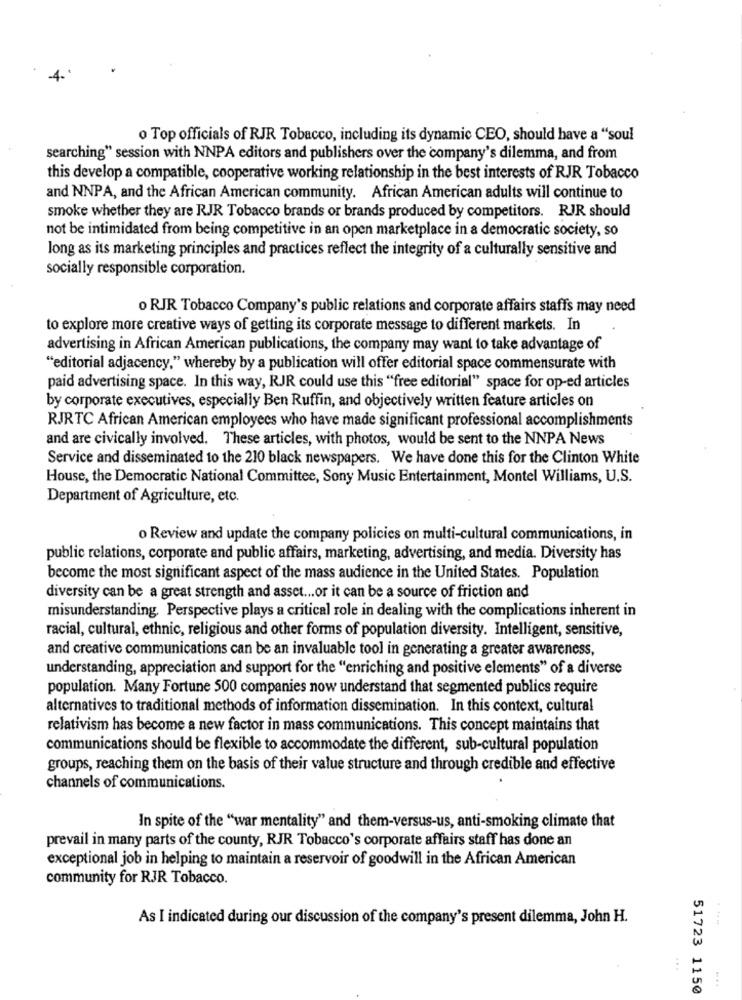
4-
o Top officials of RJR Tobacco, including its dynamic CEO, should have a "soul
searching" session with NNPA editors and publishers over the company's dilemma, and from
this develop a compatible, cooperative working relationship in the best interests of RJR Tobacco
and NNPA, and the African American community. African American adults will continue to
smoke whether they are RJR Tobacco brands or brands produced by competitors. RJR should
not be intimidated from being competitive in an open marketplace in a democratic society, so
long as its marketing principles and practices reflect the integrity of a culturally sensitive and
socially responsible corporation.
o RJR Tobacco Company's public relations and corporate affairs staffs may need
to explore more creative ways of getting its corporate message to different markets. In
advertising in African American publications, the company may want to take advantage of
"editorial adjacency," whereby by a publication will offer editorial space commensurate with
paid advertising space. In this way, RJR could use this "free editorial" space for op-ed articles
by corporate executives, especially Ben Ruffin, and objectively written feature articles on
RJRTC African American employees who have made significant professional accomplishments
and are civically involved. These articles, with photos, would be sent to the NNPA News
Service and disseminated to the 210 black newspapers. We have done this for the Clinton White
House, the Democratic National Committee, Sony Music Entertainment, Montel Williams, U.S.
Department of Agriculture, etc.
o Review and update the company policies on multi-cultural communications, in
public relations, corporate and public affairs, marketing, advertising, and media. Diversity has
become the most significant aspect of the mass audience in the United States. Population
diversity can be a great strength and asset ... or it can be a source of friction and
misunderstanding. Perspective plays a critical role in dealing with the complications inherent in
racial, cultural, ethnic, religious and other forms of population diversity. Intelligent, sensitive,
and creative communications can be an invaluable tool in generating a greater awareness,
understanding, appreciation and support for the "enriching and positive elements" of a diverse
population. Many Fortune 500 companies now understand that segmented publics require
alternatives to traditional methods of information dissemination. In this context, cultural
relativism has become a new factor in mass communications. This concept maintains that
communications should be flexible to accommodate the different, sub-cultural population
groups, reaching them on the basis of their value structure and through credible and effective
channels of communications.
In spite of the "war mentality" and them-versus-us, anti-smoking climate that
prevail in many parts of the county, RJR Tobacco's corporate affairs staff has done an
exceptional job in helping to maintain a reservoir of goodwill in the African American
community for RJR Tobacco.
As I indicated during our discussion of the company's present dilemma, John H.
...
51723 1150